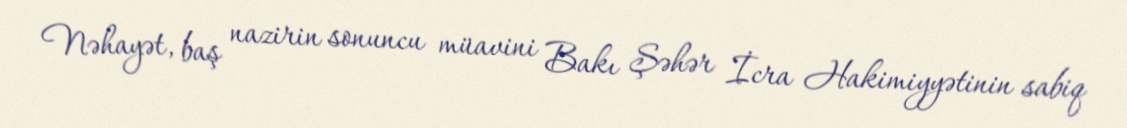
Nəhayət, baş nazirin sonuncu müavini Bakı Şəhər İcra Hakimiyyətinin sabiq